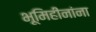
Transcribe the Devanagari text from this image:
भूमिहीनांना